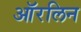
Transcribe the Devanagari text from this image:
ऑरलिन